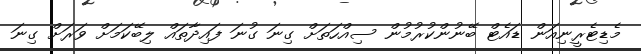
މެޑިޓެރީނިއަން ޑައެޓް ބޭނުންކުރުމުން ސިއްހަތަށް ގިނަ ގުނަ ފައިދާތައް ލިބޭކަމަށް ވަރަށް ގިނަ